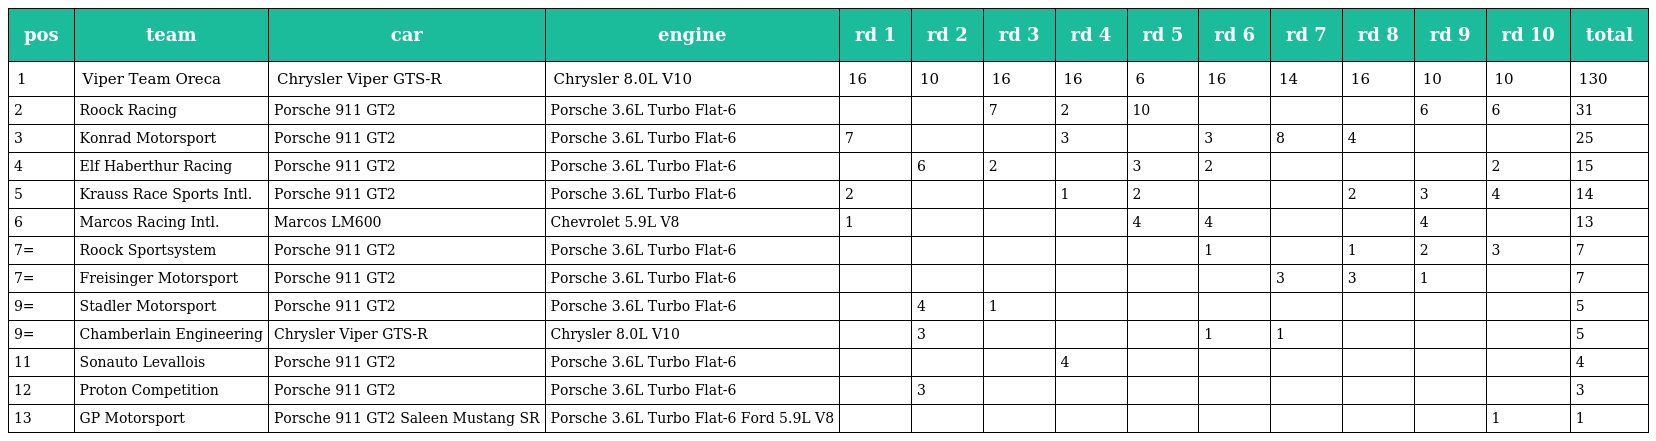
| pos | team | car | engine | rd 1 | rd 2 | rd 3 | rd 4 | rd 5 | rd 6 | rd 7 | rd 8 | rd 9 | rd 10 | total |
 | --- | --- | --- | --- | --- | --- | --- | --- | --- | --- | --- | --- | --- | --- | --- |
 | 1 | Viper Team Oreca | Chrysler Viper GTS-R | Chrysler 8.0L V10 | 16 | 10 | 16 | 16 | 6 | 16 | 14 | 16 | 10 | 10 | 130 |
 | 2 | Roock Racing | Porsche 911 GT2 | Porsche 3.6L Turbo Flat-6 |  |  | 7 | 2 | 10 |  |  |  | 6 | 6 | 31 |
 | 3 | Konrad Motorsport | Porsche 911 GT2 | Porsche 3.6L Turbo Flat-6 | 7 |  |  | 3 |  | 3 | 8 | 4 |  |  | 25 |
 | 4 | Elf Haberthur Racing | Porsche 911 GT2 | Porsche 3.6L Turbo Flat-6 |  | 6 | 2 |  | 3 | 2 |  |  |  | 2 | 15 |
 | 5 | Krauss Race Sports Intl. | Porsche 911 GT2 | Porsche 3.6L Turbo Flat-6 | 2 |  |  | 1 | 2 |  |  | 2 | 3 | 4 | 14 |
 | 6 | Marcos Racing Intl. | Marcos LM600 | Chevrolet 5.9L V8 | 1 |  |  |  | 4 | 4 |  |  | 4 |  | 13 |
 | 7= | Roock Sportsystem | Porsche 911 GT2 | Porsche 3.6L Turbo Flat-6 |  |  |  |  |  | 1 |  | 1 | 2 | 3 | 7 |
 | 7= | Freisinger Motorsport | Porsche 911 GT2 | Porsche 3.6L Turbo Flat-6 |  |  |  |  |  |  | 3 | 3 | 1 |  | 7 |
 | 9= | Stadler Motorsport | Porsche 911 GT2 | Porsche 3.6L Turbo Flat-6 |  | 4 | 1 |  |  |  |  |  |  |  | 5 |
 | 9= | Chamberlain Engineering | Chrysler Viper GTS-R | Chrysler 8.0L V10 |  | 3 |  |  |  | 1 | 1 |  |  |  | 5 |
 | 11 | Sonauto Levallois | Porsche 911 GT2 | Porsche 3.6L Turbo Flat-6 |  |  |  | 4 |  |  |  |  |  |  | 4 |
 | 12 | Proton Competition | Porsche 911 GT2 | Porsche 3.6L Turbo Flat-6 |  | 3 |  |  |  |  |  |  |  |  | 3 |
 | 13 | GP Motorsport | Porsche 911 GT2 Saleen Mustang SR | Porsche 3.6L Turbo Flat-6 Ford 5.9L V8 |  |  |  |  |  |  |  |  |  | 1 | 1 |